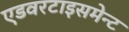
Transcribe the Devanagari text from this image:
एडवरटाइसमेन्ट